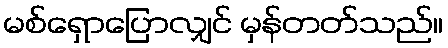
မစ်ရှောပြောလျှင် မှန်တတ်သည်။